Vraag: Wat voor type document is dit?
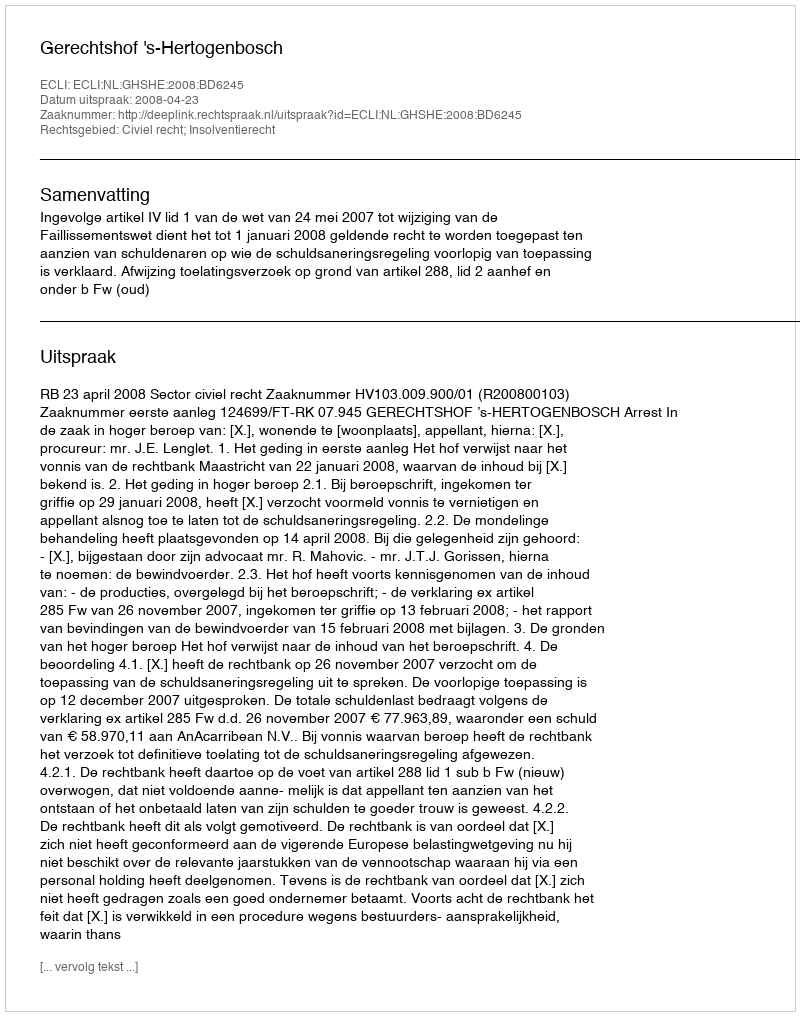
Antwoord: Uitspraak